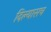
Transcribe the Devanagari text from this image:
दिल्यासच